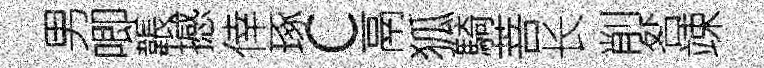
男唧韔撼倖琢c鬲狐騎菩长削咎竦